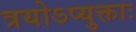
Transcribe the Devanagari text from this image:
त्रयोऽप्युक्ताः